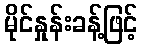
မိုင်နှုန်းခန့်ဖြင့်